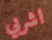
اشربي